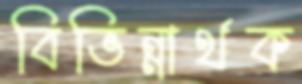
বিভিন্নার্থক